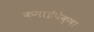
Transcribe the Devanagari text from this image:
कमाईपेक्षा